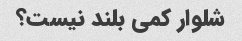
شلوار کمی بلند نیست؟